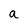
Character: a